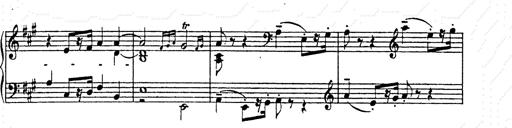
Title: AnnÃ©es de pÃ¨lerinage II
Composer: Franz Liszt